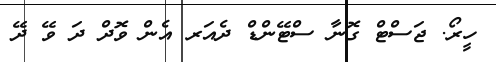
ހީރޯ. ޖަސްޓް ގޮނާ ސްޓޭންޑް ދެއަރ އެން ވޮދް ދަ ވޭ ދޭ